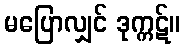
မပြောလျှင် ဒုက္ကဋ်။